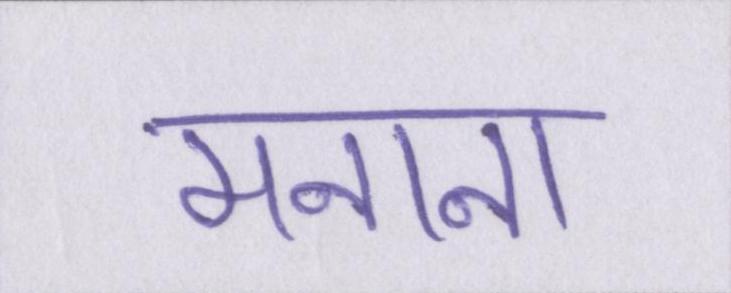
मनाना